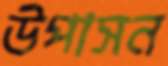
উপাসন